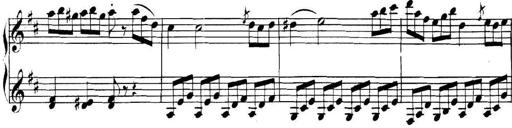
Title: Collected Piano Sonatas
Composer: Muzio Clementi